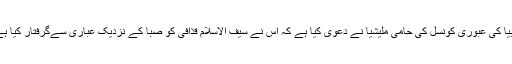
لیبیا کی عبوری کونسل کی حامی ملیشیا نے دعویٰ کیا ہے کہ اس نے سیف الاسلام قذافی کو صبا کے نزدیک عباری سےگرفتار کیا ہے۔